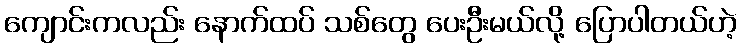
ကျောင်းကလည်း နောက်ထပ် သစ်တွေ ပေးဦးမယ်လို့ ပြောပါတယ်ဟဲ့